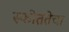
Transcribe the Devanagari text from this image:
स्फीततेचा